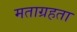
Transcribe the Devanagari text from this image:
मताग्रहता